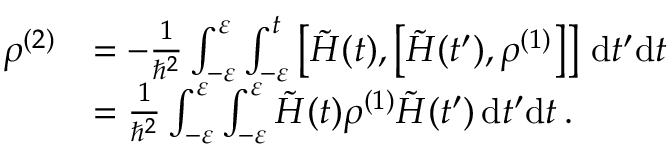
\begin{array} { r l } { \rho ^ { ( 2 ) } } & { = - \frac { 1 } { \hbar ^ { 2 } } \int _ { - \varepsilon } ^ { \varepsilon } \int _ { - \varepsilon } ^ { t } \left[ \tilde { H } ( t ) , \left[ \tilde { H } ( t ^ { \prime } ) , \rho ^ { ( 1 ) } \right] \right] \, \mathrm { d } t ^ { \prime } \mathrm { d } t } \\ & { = \frac { 1 } { \hbar ^ { 2 } } \int _ { - \varepsilon } ^ { \varepsilon } \int _ { - \varepsilon } ^ { \varepsilon } \tilde { H } ( t ) \rho ^ { ( 1 ) } \tilde { H } ( t ^ { \prime } ) \, \mathrm { d } t ^ { \prime } \mathrm { d } t \, . } \end{array}